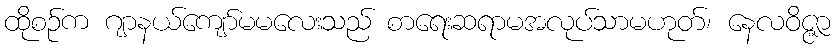
ထိုစဉ်က ဂျာနယ်ကျော်မမလေးသည် စာရေးဆရာမအလုပ်သာမဟုတ်၊ နေလဝိဇ္ဇာ